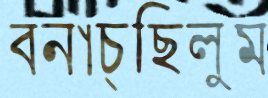
বনাচ্ছিলুম